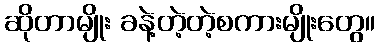
ဆိုတာမျိုး ခနဲ့တဲ့တဲ့စကားမျိုးတွေ။